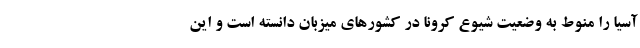
آسیا را منوط به وضعیت شیوع کرونا در کشور‌های میزبان دانسته است و این